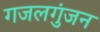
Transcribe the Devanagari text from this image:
गजलगुंजन